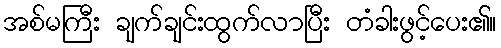
အစ်မကြီး ချက်ချင်းထွက်လာပြီး တံခါးဖွင့်ပေး၏။